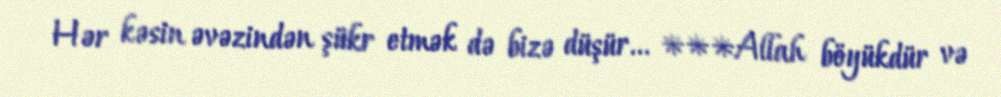
Hər kəsin əvəzindən şükr etmək də bizə düşür... ***Allah böyükdür və